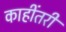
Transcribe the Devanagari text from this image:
काहींतरी